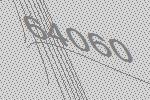
64060